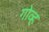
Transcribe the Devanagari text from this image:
गोव्ह